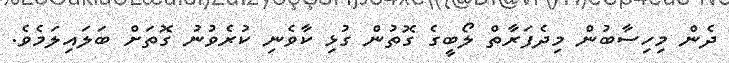
ދެން މިހިސާބުން މިދެފަރާތް ލޯބީގެ ގޮތުން ގުޅި ކާވެނި ކުރެވުނު ގޮތަށް ބަލައިލަމެވެ.